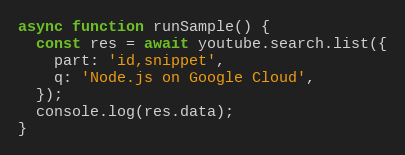
Language: JavaScript
async function runSample() {
  const res = await youtube.search.list({
    part: 'id,snippet',
    q: 'Node.js on Google Cloud',
  });
  console.log(res.data);
}